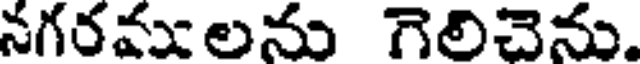
నగరములను గెలిచెను.